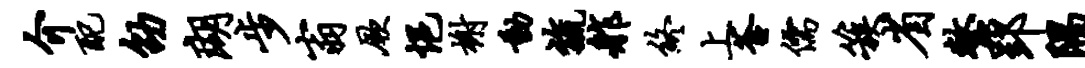
介配劭瑚步翁厥悒榭动旒舴终上釜儒簇省整郢隅